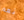
نعم